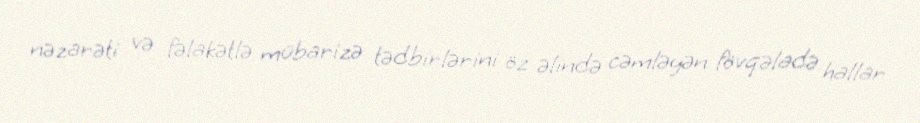
nəzarəti və fəlakətlə mübarizə tədbirlərini öz əlində cəmləyən fövqəladə hallar